Indian journal of veterinary science and animal husbandry - Volumes 15-17, 1948-1951
Year: 1948
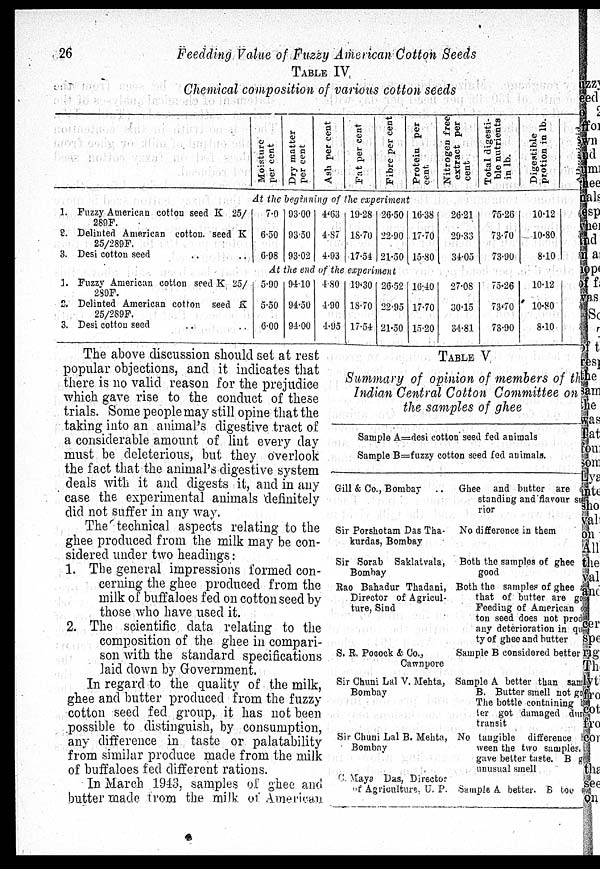
26
Feedding. Value of Fuzzy American Cotton Seeds
TABLE IV.
Chemical composition of various cotton seeds
Moisture
per cent
Dry matter
per cent
Ash per cent
Fat per cent
Fibre per cent
Protein per
cent.
Nitrogen free
extract per
cent
Total digesti-
ble nutrients
in lb.
Digestible
protion in lb.
At the beginning of the experiment
1. Fuzzy American cottou seed K 25/
289F.
2. Delinted American cotton. seed K
25/289F.
3. Desi cotton seed .. ..
7.0
6.50
6.98
93.00
93.50
93.02
4.63
4.87
4.93
19.28
18.70
17.54
26.50
22.90
21.50
16.38
17.70
15.80
26.21
29.33
34.05
75.26
73.70
73.90
10.12
10.80
8.10
At the end of the experiment
1. Fuzzy American cotton seed K 25/
289F.
2. Delinted American cotton seed K
25/289F.
3. Desi cotton seed
5.90
5.50
6.00
94.10
94.50
94.00
4.80
4.90
4.95
19.30
18.70
17.54
26.52
22.95
21.50
16.40
17.70
15.20
27.08
30.15
34.81
75.26
73.70
73.90
10.12
10.80
8.10
The above discussion should set at rest
popular objections, and it indicates that
there is no valid reason for the prejudice
which gave rise to the conduct of these
trials. Some people may still opine that the
taking into an animal's digestive tract of
a considerable amount of lint every day
must be deleterious, but they overlook
the fact that the animal's digestive system
deals with it and digests it, and in any
case the experimental animals definitely
did not suffer in any way.
The technical aspects relating to the
ghee produced from the milk may be con-
sidered under two headings:
1. The general impressions formed con-
cerning the ghee produced from the
milk of buffaloes fed on cotton seed by
those who have used it.
2. The scientific data relating to the
composition of the ghee in compari-
son with the standard specifications
laid down by Government.
In regard to the quality of the milk,
ghee and butter produced from the fuzzy
cotton seed fed group, it has not been
possible to distinguish, by consumption,
any difference in taste or palatability
from similar produce made from the milk
of buffaloes fed different rations.
In March 1943, samples of ghee and
butter made from the milk of American
TABLE V
Summary of opinion of members of the
Indian Central Cotton Committee on
the samples of ghee
Sample A=desi cotton seed fed animals
Sample B=fuzzy cotton seed fed animals.
Gill & Co., Bombay
..
Sir Porshotam Das Tha-
kurdas, Bombay
Sir Sorab Saklatvala,
Bombay
Rao Bahadur Thadani,
Director of Agricul-
ture, Sind
S. R. Pocock & Co.,
Cawnpore
Sir Chuni Lal V. Mehta,
Bombay
Sir Chuni Lal B. Mehta,
Bombay
C.Maya Das, Director
of Agriculture. U. P.
Ghee and butter are
standing and flavour su
rior
No difference in them
Both the samples of ghee
good
Both the samples of ghee
that of butter are good
Feeding of American
ton seed does not prod
any deterioration in quli
ty of ghee and butter
Sample B considered better
Sample A better than sample
B. Butter smell not good
The bottle containing but
ter got damaged during
transit
No tangible
difference
ween the two samples.
gave better taste. B
unusual smell
Sample A better. B too